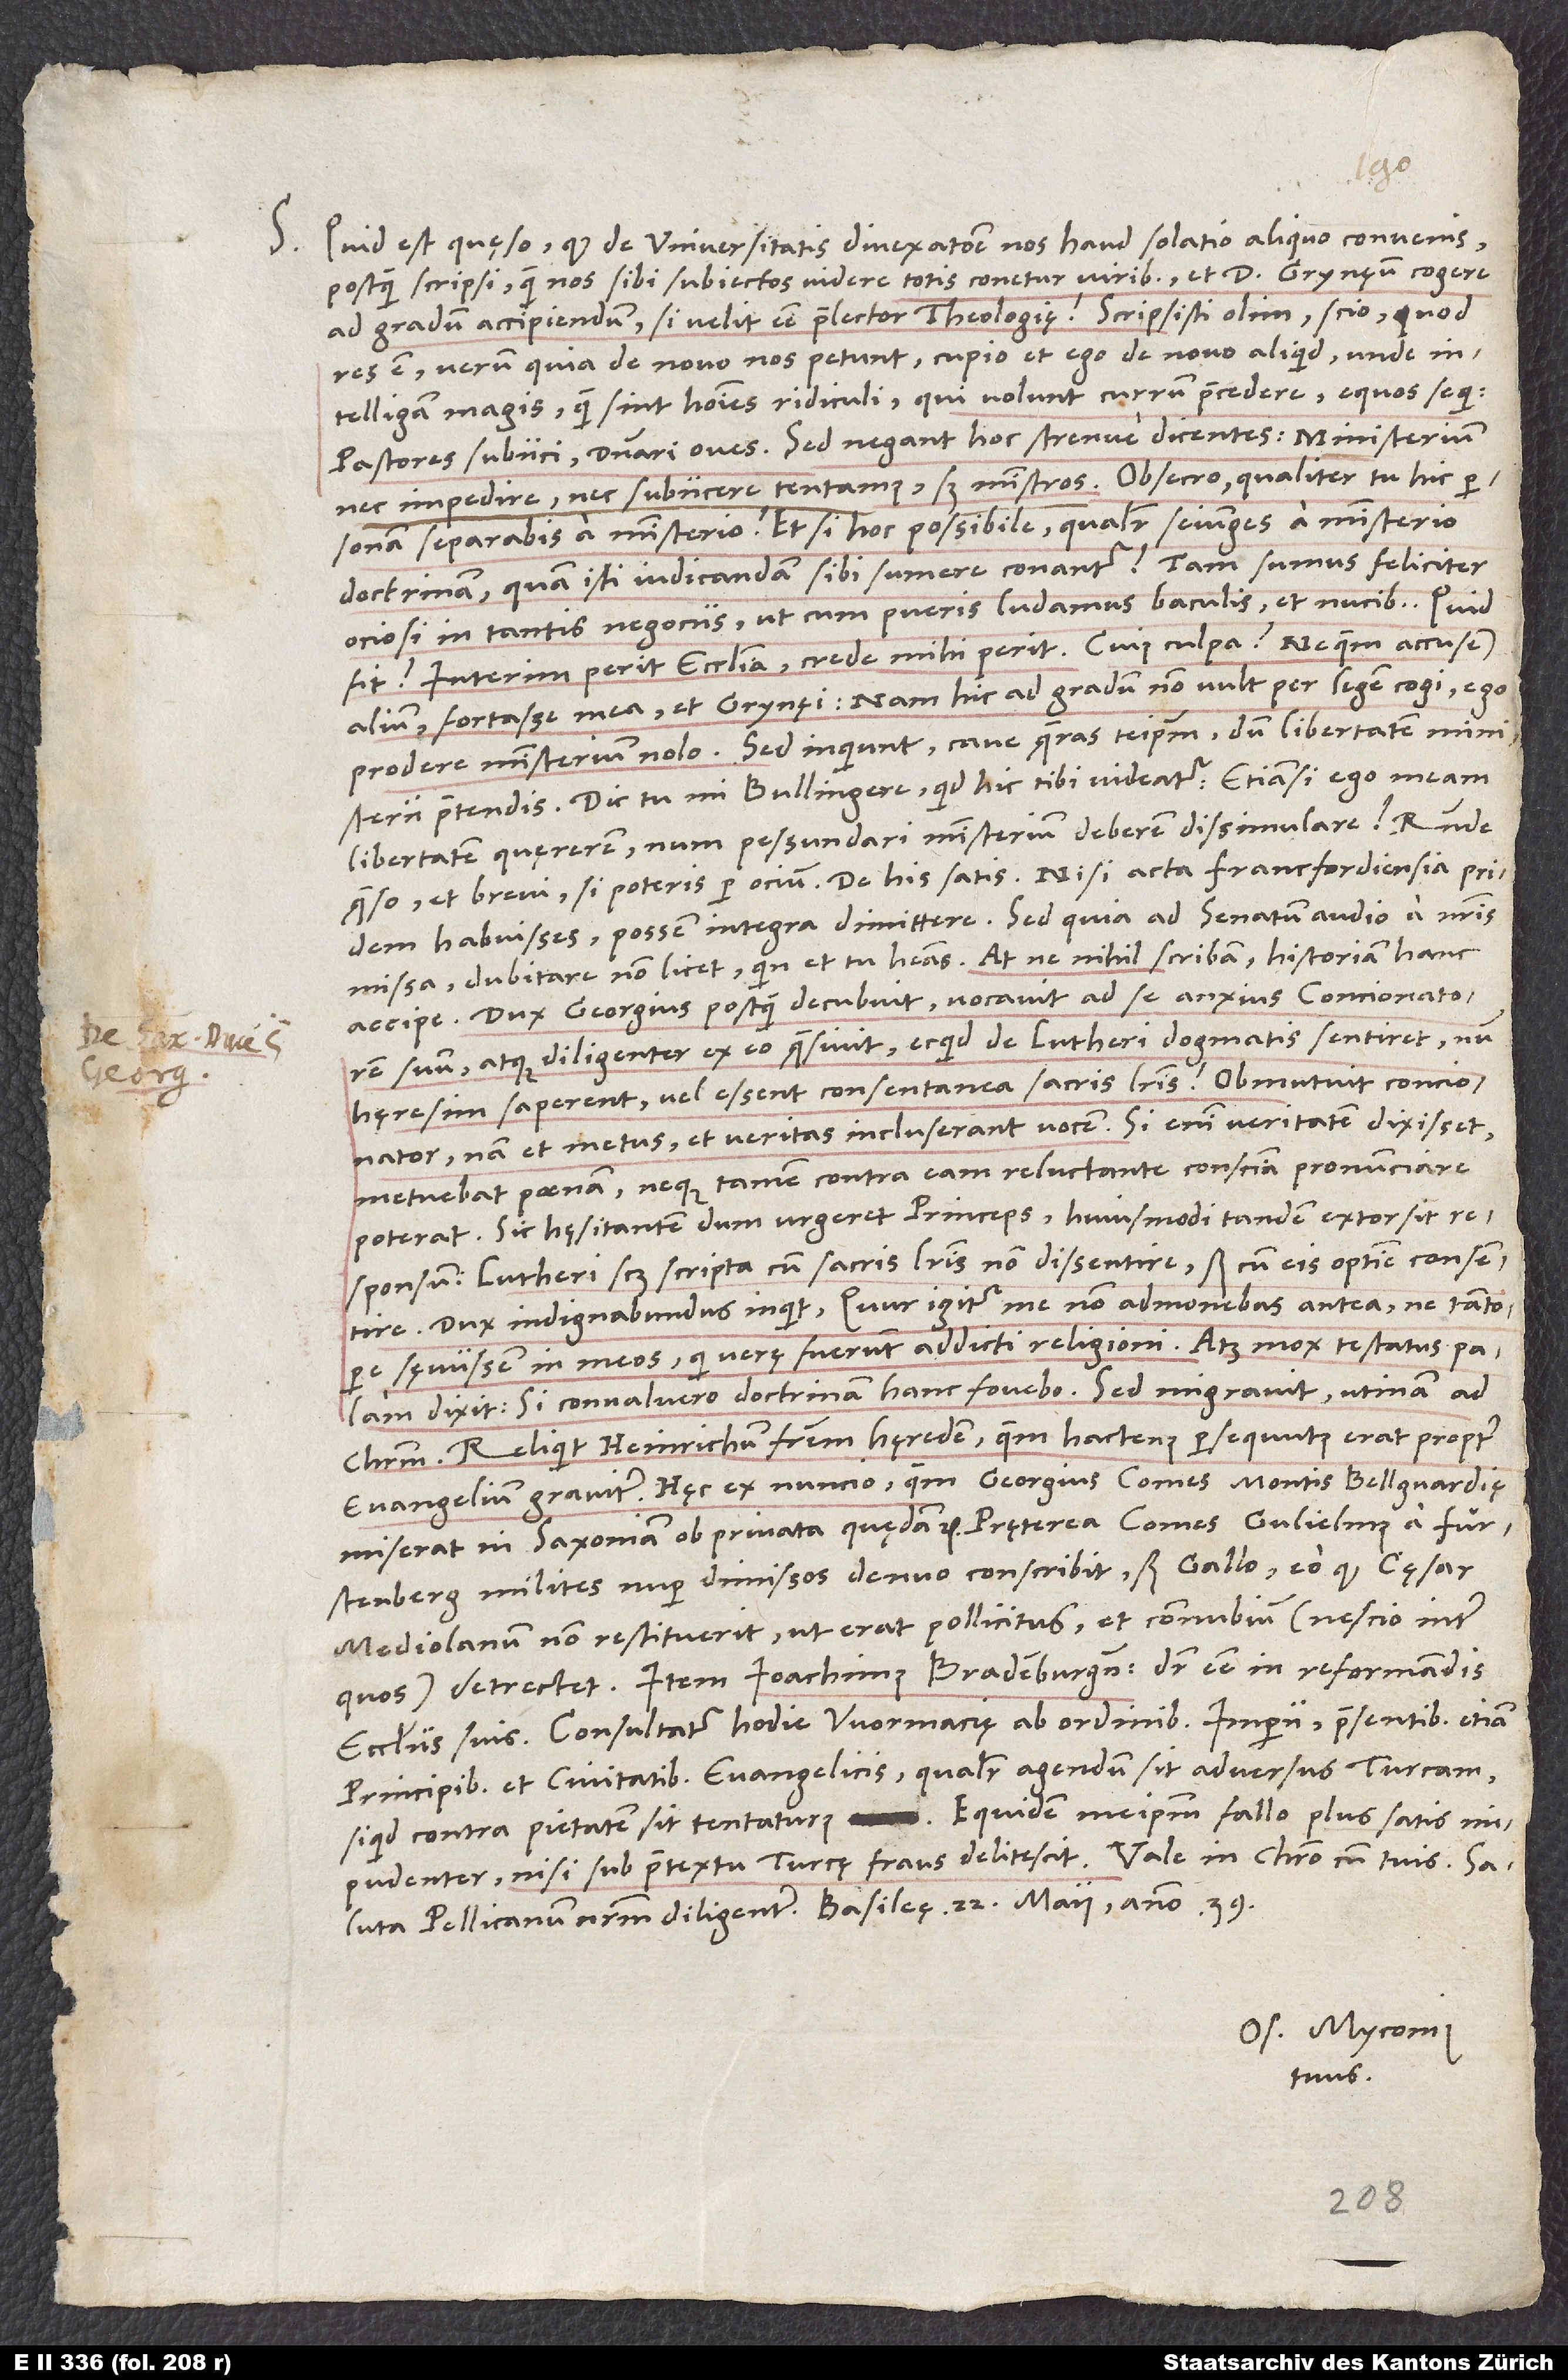
S. Quid est, quęso, quod de universitatis divexatione nos haud solatio aliquo convenis,
postquam scripsi, quam nos sibi subiectos videre totis conetur viribus et d. Grynęum cogere
ad gradum accipiendum, si velit esse praelector theologię? Scripsisti olim, scio, quod
res est; verum quia de novo nos petunt, cupio et ego de novo aliquid, unde
intelligam magis, quam sint homines ridiculi, qui volunt currum praecedere, equos sequi,
pastores subiici, dominari oves. Sed negant hoc strenue dicentes: „Ministerium
nec impedire nec subiicere tentamus, sed ministros.“ Obsecro, qualiter tu hic
personam separabis a ministerio? Et si hoc possibile, qualiter seiunges a ministerio
doctrinam, quam isti iudicandam sibi sumere conantur? Tam sumus feliciter
ociosi in tantis negociis, ut cum pueris ludamus baculis et nucibus.
fit? Interim perit ecclesia, crede mihi, perit. Cuius culpa? Ne quem accusem
alium, fortasse mea et Grynęi; nam hic ad gradum non vult per legem cogi, ego
prodere ministerium nolo. „Sed“, inquiunt, „cave quaeras teipsum, dum libertatem ministerii
praetendis.“ Dic tu, mi Bullingere, quid hic tibi videatur: Etiamsi ego meam
libertatem quęrerem, num pessundari ministerium deberem dissimulare? Responde,
habuisses, possem integra dimittere. Sed quia ad senatum audio a nostris
accipe: Dux Georgius, postquam decubuit, vocavit ad se anxius concionatorem
suum atque diligenter ex eo quaesivit, ecquid de Lutheri dogmatis sentiret, num
hęresim saperent vel essent consentanea sacris literis. Obmutuit concionator;
nam et metus et veritas incluserant vocem. Si enim veritatem dixisset,
metuebat poenam, neque tamen contra eam reluctante conscientia pronunciare
poterat. Sic hęsitantem dum urgeret princeps, huiusmodi tandem extorsit
responsum, Lutheri scilicet scripta cum sacris literis non dissentire, sed cum eis optime consentire.
Dux indignabundus inquit: „Quur igitur me non admonebas antea, ne tantopere
sęviissem in meos, qui verę fuerunt addicti religioni?“ Atque mox testatus palam
dixit: „Si convaluero, doctrinam hanc fovebo.“ Sed migravit, utinam ad
Christum. Reliquit Heinrichum fratrem hęredem, quem hactenus persequutus erat propter
evangelium graviter. Hęc ex nuncio, quem Georgius, comes Montis Bellguardię,
Fürstenberg milites nuper dimissos denuo conscribit, sed Gallo, eo quod cęsar
Mediolanum non restituerit, ut erat pollicitus, et connubium (nescio inter
quos) detrectet. Item Ioachimus Brandenburgensis dicitur esse in reformandis
ecclesiis suis. Consultatur hodie Wormacię ab ordinibus imperii praesentibus etiam
principibus et civitatibus evangelicis, qualiter agendum sit adversus Turcam,
si quid contra pietatem sit tentaturus. Equidem meipsum fallo plus satis
Saluta Pellicanum nostrum diligenter. Basileę, 22. maii anno 39.
Os. Myconius
tuus.